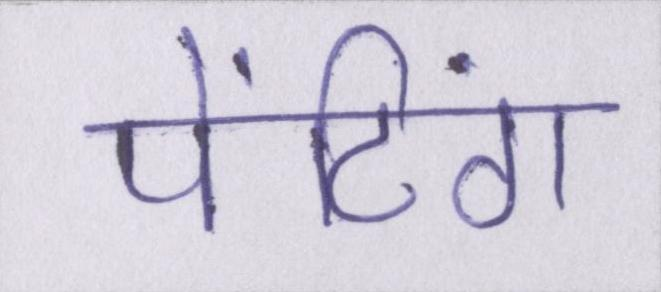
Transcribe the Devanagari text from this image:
पेंटिंग